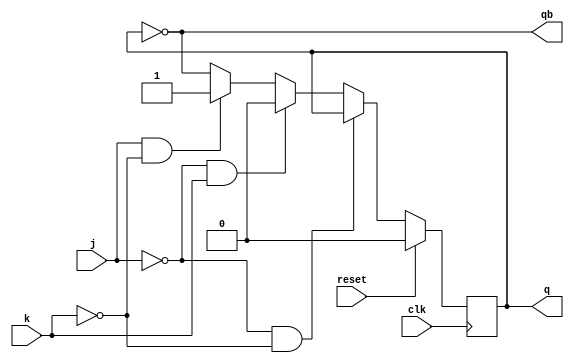
module jk_ff(q,qb,j,k,clk,reset);

input j,k,clk,reset;
output qb;
output reg q;

always@(posedge clk)
begin
if(!reset)
begin
	if(j==0&&k==0)
		q<=q;
	else if(j==0&&k==1)
		q<=0;
	else if(j==1&&k==0)
		q<=1;
	else
		q<=~q;
end
else
	q<=0;
end
assign qb=~q;
endmodule